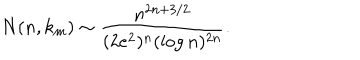
N ( n , k _ { m } ) \sim \frac { n ^ { 2 n + 3 / 2 } } { ( 2 e ^ { 2 } ) ^ { n } ( \log n ) ^ { 2 n } } .